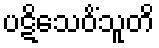
ပဋိသေဝိံသူတိ